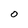
Character: 0